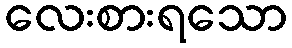
လေးစားရသော